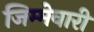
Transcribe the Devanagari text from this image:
जिम्‍मेवारी